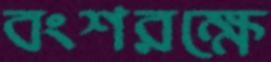
বংশরক্ষে